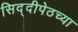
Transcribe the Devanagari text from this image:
सिद्दीपेठच्या